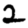
Digit: 2